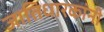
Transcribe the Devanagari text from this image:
जातिधारकांनी